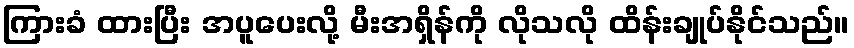
ကြားခံ ထားပြီး အပူပေးလို့ မီးအရှိန်ကို လိုသလို ထိန်းချုပ်နိုင်သည်။